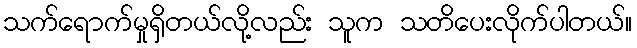
သက်ရောက်မှုရှိတယ်လို့လည်း သူက သတိပေးလိုက်ပါတယ်။